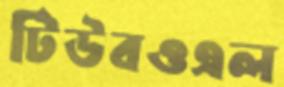
টিউবওএল